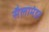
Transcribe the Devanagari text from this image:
सैलामंडर